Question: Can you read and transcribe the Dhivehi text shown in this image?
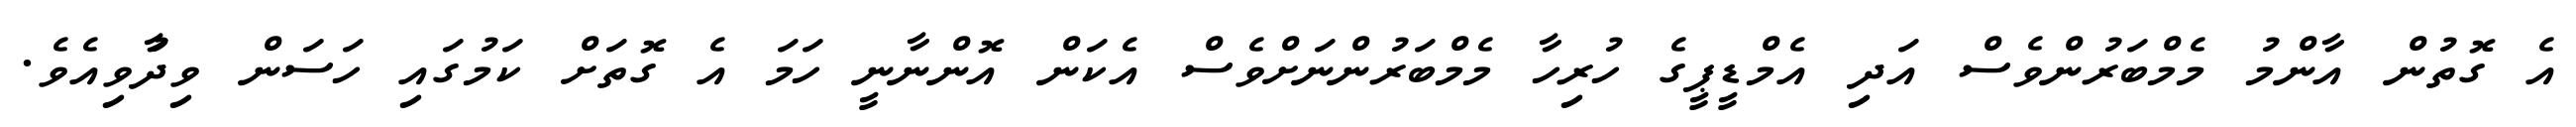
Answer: އެ ގޮތުން އާންމު މެމްބަރުންވެސް އަދި އެމްޑީޕީގެ ހުރިހާ މެމްބަރުންނަށްވެސް އެކަން އޮންނާނީ ހަމަ އެ ގޮތަށް ކަމުގައި ހަސަން ވިދާުވިއެވެ.